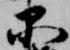
品